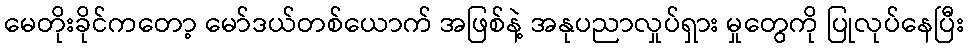
မေတိုးခိုင်ကတော့ မော်ဒယ်တစ်ယောက် အဖြစ်နဲ့ အနုပညာလှုပ်ရှား မှုတွေကို ပြုလုပ်နေပြီး